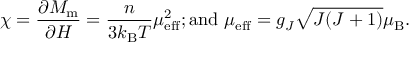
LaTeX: \chi = { \frac { \partial M _ { \mathrm { { m } } } } { \partial H } } = { \frac { n } { 3 k _ { \mathrm { { B } } } T } } \mu _ { \mathrm { e f f } } ^ { 2 } { \mathrm { ; a n d ~ } } \mu _ { \mathrm { e f f } } = g _ { J } { \sqrt { J ( J + 1 ) } } \mu _ { \mathrm { B } } .